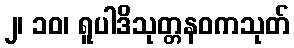
၂၊ ၁၀၊ ရူပါဒိသုတ္တနဝကသုတ်